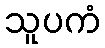
သူပကံ